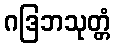
ဂဒြဘသုတ္တံ